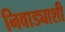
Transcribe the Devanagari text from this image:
निवाड्याशी